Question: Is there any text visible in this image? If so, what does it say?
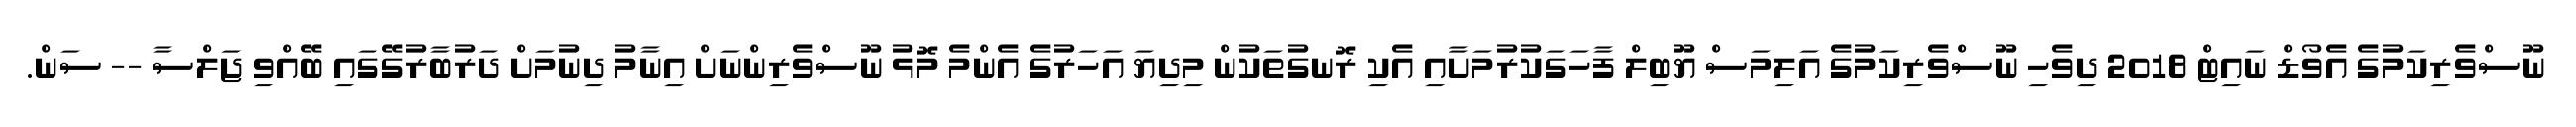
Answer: ނޫސްވެރިކަމުގެ އެވޯޑް ނައިޓް 2018 ދިވެހި ނޫސްވެރިކަމުގެ އަލިމަސް ޔޫބިލް ފާހަގަކުރުމަށާއި އެކި ރޮނގުތަކުން މިދިޔަ އަހަރުގެ އެންމެ މޮޅު ނޫސްވެރިންނަށް އިނާމު ދިނުމަށް ދަރުބާރުގޭގައި ބޭއްވި ޖަލްސާ -- ސަން.